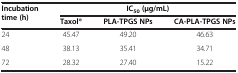
| <ROWSPAN=2> Incubation time (h) | <COLSPAN=3> IC50 (μg/mL) |
 | Taxol® | PLA-TPGS NPs | CA-PLA-TPGS NPs |
 | --- | --- | --- | --- |
 | 24 | 45.47 | 49.20 | 46.63 |
 | 48 | 38.13 | 35.41 | 34.71 |
 | 72 | 28.32 | 27.40 | 15.22 |